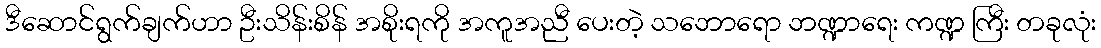
ဒီဆောင်ရွက်ချက်ဟာ ဦးသိန်းစိန် အစိုးရကို အကူအညီ ပေးတဲ့ သဘောရော ဘဏ္ဍာရေး ကဏ္ဍ ကြီး တခုလုံး